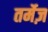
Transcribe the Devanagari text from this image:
तर्मेज़